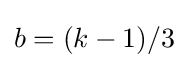
b=(k-1)/3